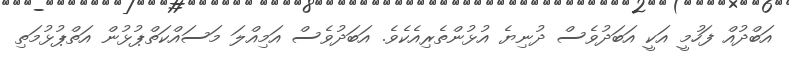
އަބްދުއް ފަހުމީ އަކީ އަބަދުވެސް ދުނިޔެ އުޅުންތެރިއެކެވެ. އަބަދުވެސް އަމިއްލަ މަސައްކަތްޕުޅުން އަތްޕުޅުމަތި